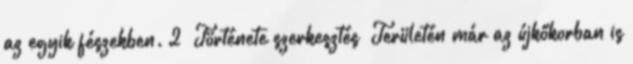
az egyik fészekben. 2 Története szerkesztés Területén már az újkőkorban is